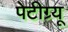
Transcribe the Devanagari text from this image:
पेटीग्र्यू